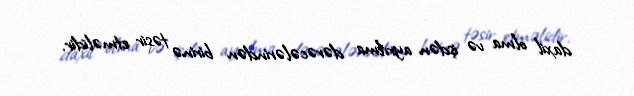
daxil olma və işdən ayrılma dərəcələrindən birinə təsir etməlidir.